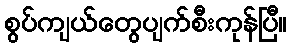
စွပ်ကျယ်တွေပျက်စီးကုန်ပြီ။